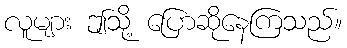
လူများ ဤသို့ ပြောဆိုနေကြသည်။